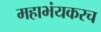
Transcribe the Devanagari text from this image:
महाभंयकरच